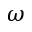
\omega